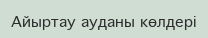
Айыртау ауданы көлдері